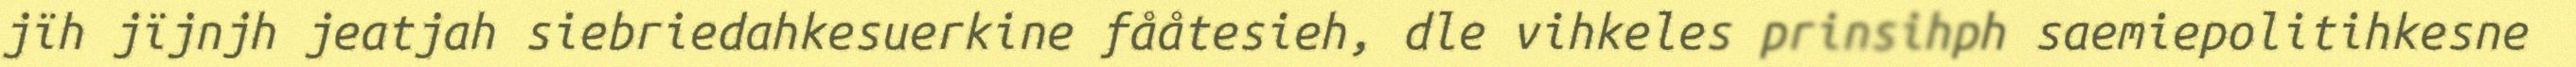
jïh jïjnjh jeatjah siebriedahkesuerkine fååtesieh, dle vihkeles prinsihph saemiepolitihkesne